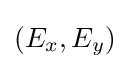
(E_{x},E_{y})